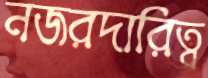
নজরদারিত্ব